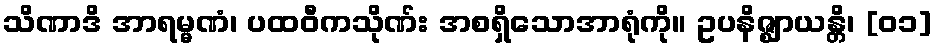
သိဏာဒိ အာရမ္မဏံ၊ ပထဝီကသိုဏ်း အစရှိသောအာရုံကို။ ဥပနိဇ္ဈာယန္တိ၊ [၀၁]